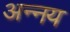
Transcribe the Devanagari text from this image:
अन्‍नय